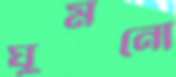
ঘুমনো